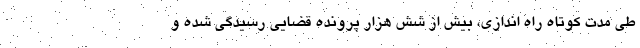
طی مدت کوتاه راه اندازی، بیش از شش هزار پرونده قضایی رسیدگی شده و